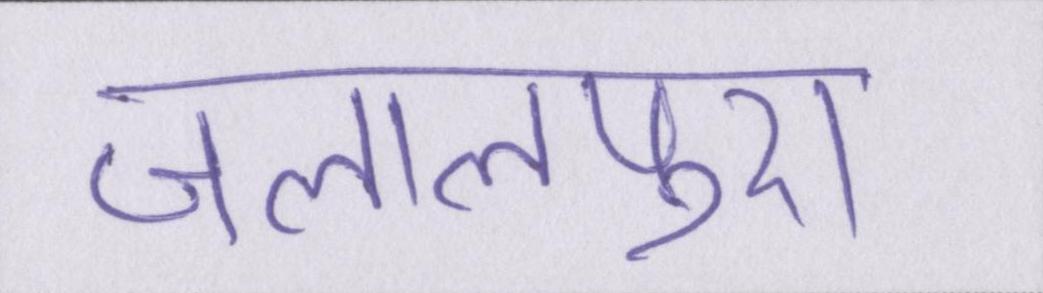
जलालपुरा